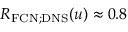
R _ { \mathrm { F C N ; D N S } } ( u ) \approx 0 . 8